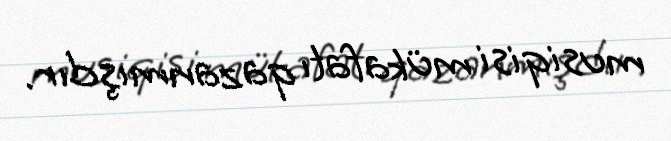
musiqisi mükafatı qazanmışdır.